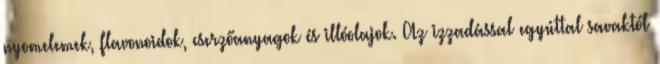
nyomelemek, flavonoidok, cserzőanyagok és illóolajok. Az izzadással egyúttal savaktól